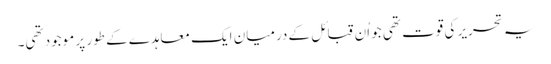
یہ تحریر کی قوت تھی جو اُن قبائل کے درمیان ایک معاہدے کے طور پر موجود تھی۔